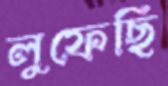
লুফেছি